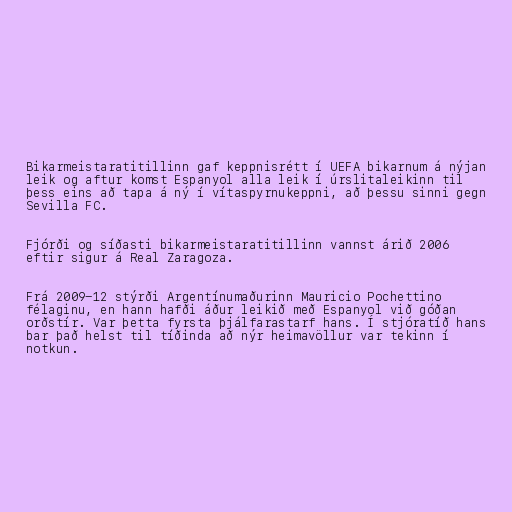
Bikarmeistaratitillinn gaf keppnisrétt í UEFA bikarnum á nýjan
leik og aftur komst Espanyol alla leik í úrslitaleikinn til
þess eins að tapa á ný í vítaspyrnukeppni, að þessu sinni gegn
Sevilla FC.

Fjórði og síðasti bikarmeistaratitillinn vannst árið 2006
eftir sigur á Real Zaragoza.

Frá 2009-12 stýrði Argentínumaðurinn Mauricio Pochettino
félaginu, en hann hafði áður leikið með Espanyol við góðan
orðstír. Var þetta fyrsta þjálfarastarf hans. Í stjóratíð hans
bar það helst til tíðinda að nýr heimavöllur var tekinn í
notkun.